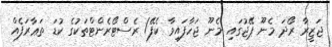
ޖަޒީރާ ރޯދަ މެނޫ ޕޭޖުގައި މެނޫ ޖަހާފައިވާ ކެފޭ/ ރެސްޓޯރެންޓްތަކުގެ ކުޑަ ތަޢާރަފެއް